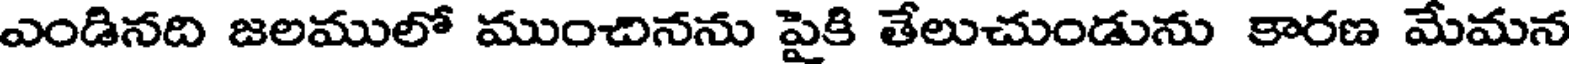
ఎండినది జలములో ముంచినను పైకి తేలుచుండును కారణ మేమన